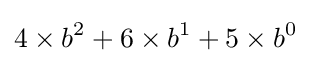
4\times b^{2}+6\times b^{1}+5\times b^{0}